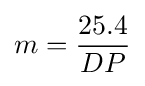
m={\frac {25.4}{DP}}